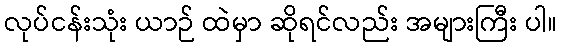
လုပ်ငန်းသုံး ယာဉ် ထဲမှာ ဆိုရင်လည်း အများကြီး ပါ။